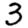
Digit: 3